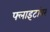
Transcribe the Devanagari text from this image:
फ्लाइटांवर